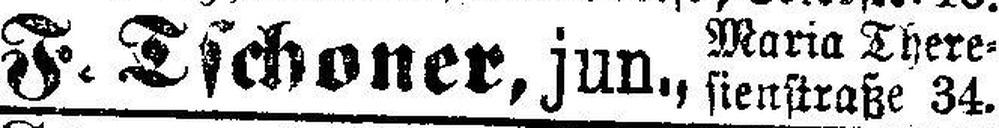
F. Tschoner, jun.,